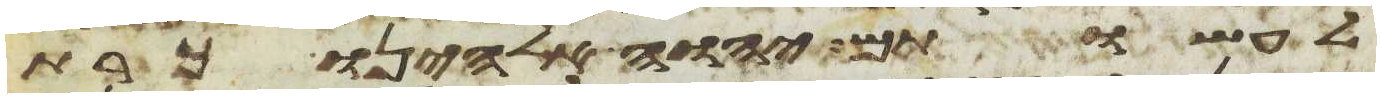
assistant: לעשותם יהוה אלהינו כרת